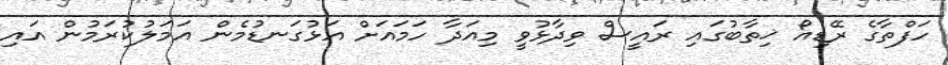
ހަފްތާގެ ރޭޑިއޯ ޚިތާބުގައި ރައީސް ވިދާޅުވީ މިއަދާ ހަމައަށް އަޅުގަނޑުމެން އަމަލުކުރަމުން އައި